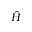
\hat { H }